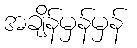
အချိန်မှန်မှန်